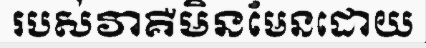
របស់វាគឺមិនមែនដោយ